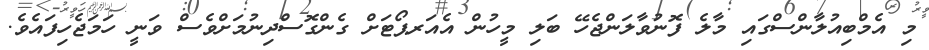
މި އެމްބިއުލާންސްގައި މާލެ ފޮނުވާލަންޖެހޭ ބަލި މީހުން އެއަރޕޯޓަށް ގެންގޮސްދިނުމަށްވެސް ވަނީ ހަމަޖެހިފައެވެ.